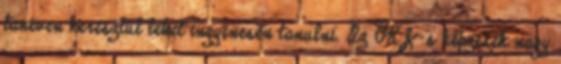
tanéven keresztül lehet ingyenesen tanulni. Az OKJ-s képzések nagy